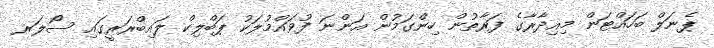
ޕެނަލް ބަހައްޓަން މިއިދާރާގެ ފަރާތުން ހިންގަމުން އަންނަ ފުވައްމުލަކު ޕަބްލިކް ލައިބްރަރީގައި ސޯލަރ